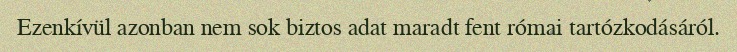
Ezenkívül azonban nem sok biztos adat maradt fent római tartózkodásáról.